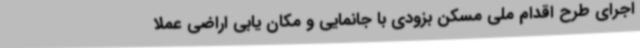
اجرای طرح اقدام ملی مسکن بزودی با جانمایی و مکان یابی اراضی عملا